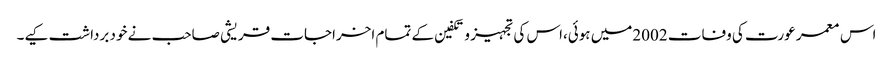
اس معمر عورت کی وفات 2002میں ہوئی،اس کی تجہیز و تکفین کے تمام اخراجات قریشی صاحب نے خود برداشت کیے۔